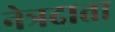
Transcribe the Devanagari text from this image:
नेत्रदाता